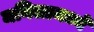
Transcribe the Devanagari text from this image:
मनिलामध्ये